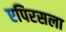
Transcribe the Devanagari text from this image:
एपिरसला